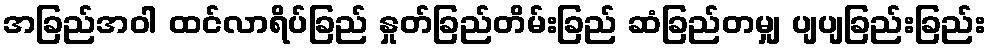
အခြည်အဝါ ထင်လာရိပ်ခြည် နှုတ်ခြည်တိမ်းခြည် ဆံခြည်တမျှ ပျပျခြည်းခြည်း